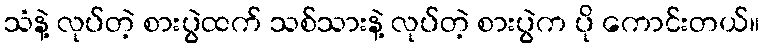
သံနဲ့ လုပ်တဲ့ စားပွဲထက် သစ်သားနဲ့ လုပ်တဲ့ စားပွဲက ပို ကောင်းတယ်။